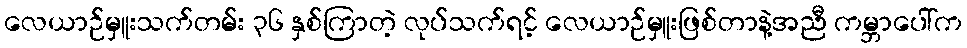
လေယာဉ်မှူးသက်တမ်း ၃၆ နှစ်ကြာတဲ့ လုပ်သက်ရင့် လေယာဉ်မှူးဖြစ်တာနဲ့အညီ ကမ္ဘာပေါ်က